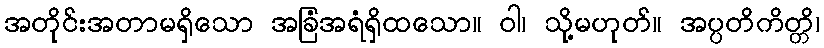
အတိုင်းအတာမရှိသော အခြံအရံရှိထသော။ ဝါ၊ သို့မဟုတ်။ အပ္ပတိကိတ္တိ၊